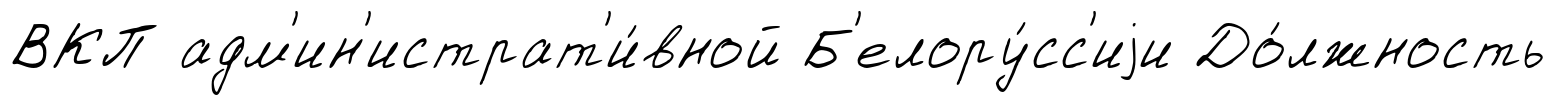
ВКП адм'ин'истрат'и́вной Б'елору́сс'иjи До́лжность